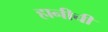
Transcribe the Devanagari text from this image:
हानीची